Vital statistics of India. Vol. IV, Annual returns from 1871 to 1876. British Army of India, Native Army and jails of Bengal
Year: 1871
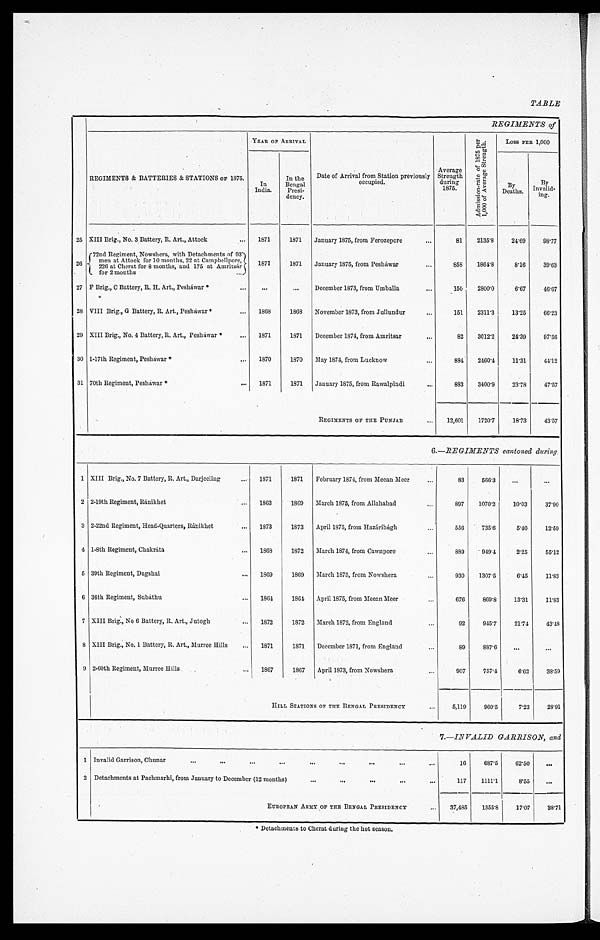
TABLE
REGIMENTS of
REGIMENTS & BATTERIES & STATIONS OF 1875.
YEAR OF ARRIVAL
Date of Arrival from Station previously
occupied.
Average
Strength
during
1875.
A d m i s s i o n - r a t e o f 1 8 7 5 p e r 1 , 0 0 0 o f A v e r a g e S t r e n g t h .
LOSS PER 1,000
In
India.
In the
Bengal
Presi-
dency.
By
Deaths.
By
Invalid-
mg.
25 XIII Brig., No. 3 Battery, R. Art., Attock
... 1871
1871 January 1875, from Ferozepore
...
81
2135.8
24.69
98.77
26
72nd Regiment
, Nows her a, wi t h Det achment s of 93 men at At t ock f or 10 mont hs , 22 at Campbel l por e, 226 at Cher at f or 8 mont hs , and 175 at Amr i t s ar f or 2 mont hs .
1871
1871 January 1875, from Pesháwar
...
858 1864.8
8.16
39.63
27 F Brig., C Battery, R. H. Art., Pesháwar *
...
. . .
...
December 1873, from Umballa
...
150
2800.0
6.67
46.67
28 VIII Brig., G Battery, R. Art., Péshawar *
... 1868
1868 November 1873, from Jullundur
...
151
2311.3
13.25
66.23
29 XIII Brig., No. 4 Battery, R. Art., Pesháwar *
... 1871
1871 December 1874, from Amritsar
...
82 3012.2
24.39
97.56
30 1-17th Regiment, Peshawar *
... 1870
1870 May 1874, from Lucknow
...
884 2460.4
11.31
44.12
31 70th Regiment, Pesháwar *
... 1871
1871 January 1875, from Rawalpindi
...
883
3400.9
23.7
8
47.57
REGIMENTS OF THE PUNJAB
... 12,601
1720.7
18.73
43.57
1 XIII Brig., No. 7 Battery, R. Art., Darjeeling
... 1871
1871 February 1874, from Meean Meer
...
8 3
566.3
...
. . .
2 2-19th Regiment, Ránikhet
... 1863
1869 March 1875, from Allahabad
. . .
8 9 7
1070.2
10.03
37.90
3 2-22nd Regiment, Head-Quarters, Ránikhet
... 1873
1873 April 1875, from Hazáribágh
...
556
735.6
5.40
12.59
4 1-8th Regiment, Chakráta
. . .
1868
1872 March 1874, from Cawnpore
...
889
949.4
2.25
55.12
5 39th Regiment, Dagshai
... 1869
1869 March 1875, from Nowshera
...
9 3 0
1307.5
6.45
11.83
6 36th Regiment, Subáthu
... 1864
1864 April 1875, from Meean Meer
...
6 7 6
869.8
13.31
11.83
7 XIII Brig., No 6 Battery, R. Art., Jutogh
... 1872
1872 March 1872, from England
. . . 9 2
945.7
21.74
43.48
8 XIII Brig., No. 1 Battery, R. Art., Murree Hills
... 1871
1871 December 1871, from England
...
8 9
887.6
...
. . .
9 2-60th Regiment, Murree Hills
... 1867
1867 April 1873, from Nowshera
...
907
757.4
6.62
38.59
HILL .STATIONS OF THE BENGAL PRESIDENCY
...
5 , 1 1 9
960.5
7.23
28.91
7.—INVALID GARRISON, and
1 Invalid Garrison, Chunar
... ... ... ...
...
...
...
...
...
16
687.5
62.50
...
2 Detachments at Pachmarhi, from January to December (12 months)
...
...
...
...
...
117
1111.1
8.55
...
EUROPEAN ARMY OF THE BENGAL PRESIDENCY
... 37,485
1355.8
17.07
88.71
* Detachments to Cherat during the hot season.